Annual report of the Central Committee of the Association together with the report of the directors of the Pasteur Institute at Kasauli
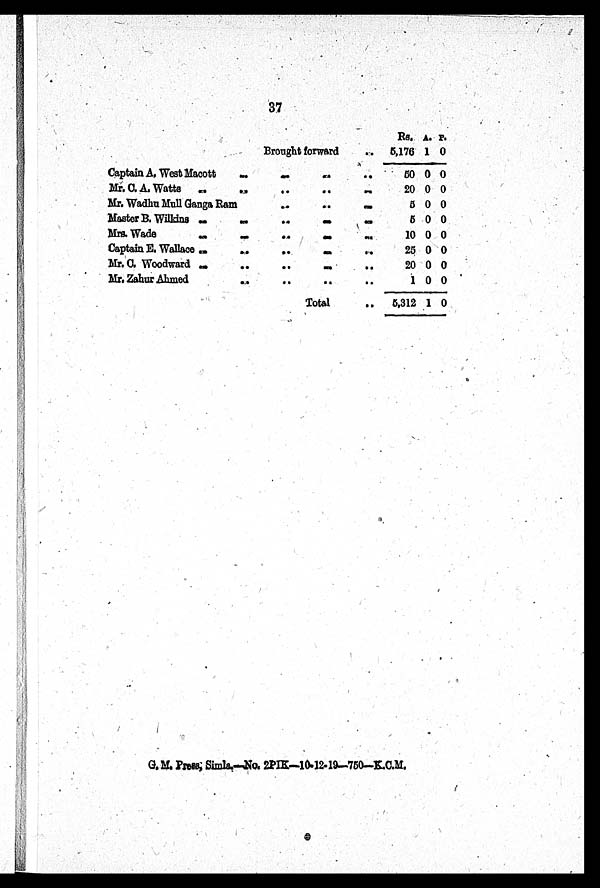
37
Brought forward
Rs. A. P.
5,176 1 0
Captain A. West Macott
50 0 0
Mr. C. A. Watts
20 0 0
Mr. Wadhu Mull Ganga Ram
5 0 0
Master B. Wilkins
5 0 0
Mrs. Wade
10 0 0
Captain E. Wallace
25 0 0
Mr. C. Woodward
20 0 0
Mr. Zahur Ahmed
1 0 0
Total
..
5,312 1 0
G. M. Press, Simla.—No. 2PIK—10-12-19—750—K.C.M.